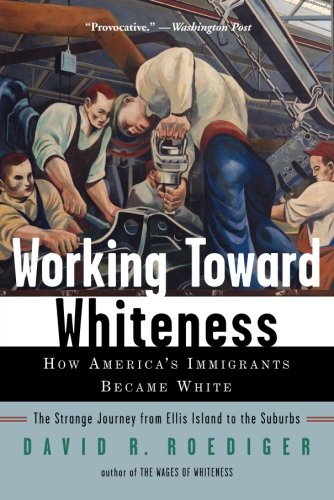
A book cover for Working Toward Whiteness: How America's Immigrants Became White: The Strange Journey from Ellis Island to the Suburbs; David R. Roediger; History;